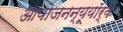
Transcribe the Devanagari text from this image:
आयोजनन्यूयॉर्क